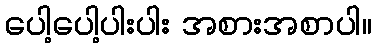
ပေါ့ပေါ့ပါးပါး အစားအစာပါ။